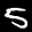
Label: 5